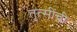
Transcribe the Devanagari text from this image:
तुत्‍सींची